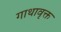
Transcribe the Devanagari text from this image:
गाथावृक्त